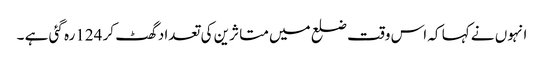
انہوں نے کہا کہ اس وقت ضلع میں متا ثرین کی تعداد گھٹ کر 124رہ گئی ہے ۔